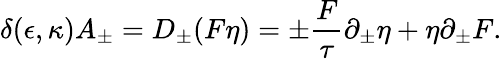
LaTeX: \delta(\epsilon,\kappa)A_{\pm}=D_{\pm}(F\eta)=\pm{\frac{F}{\tau}}\partial_{\pm}\eta+\eta\partial_{\pm}F.